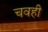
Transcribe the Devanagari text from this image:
चवही